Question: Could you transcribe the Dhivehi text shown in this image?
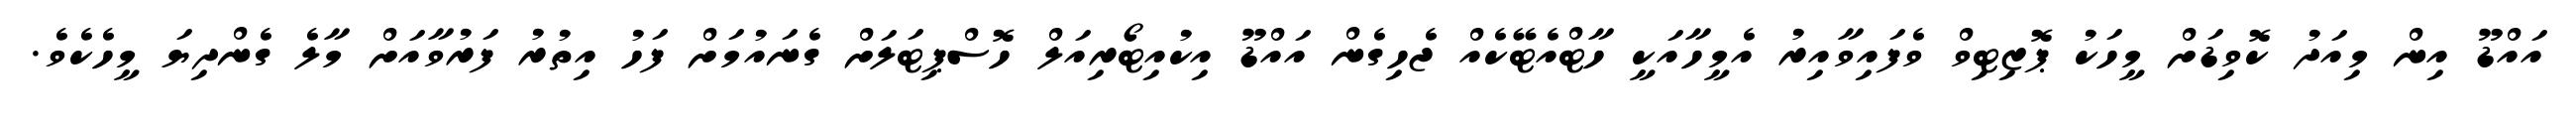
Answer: އައްޑޫ އިން މިއަދު ކޮވިޑަށް މީހަކު ޕޮޒިޓިވް ވެފައިވާއިރު އެމީހާއަކީ ހާޓްއެޓޭކެއް ޖެހިގެން އައްޑޫ އިކުއިޓޯރިއަލް ހޮސްޕިޓަލަށް ގެނައުމަށް ފަހު އިތުރު ފަރުވާއަށް މާލެ ގެންދިޔަ މީހެކެވެ.